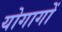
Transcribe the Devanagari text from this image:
योगागों